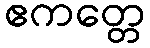
ဧကတ္တေ